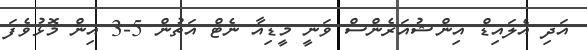
އަދި އެލައިޑް އިންޝުއަރެންސް ވަނީ މީޑިއާ ނެޓް އަތުން 5-3 އިން މޮޅުވެފަ